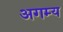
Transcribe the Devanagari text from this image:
अगम्‍य